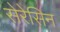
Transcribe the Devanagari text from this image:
सेरेसिन